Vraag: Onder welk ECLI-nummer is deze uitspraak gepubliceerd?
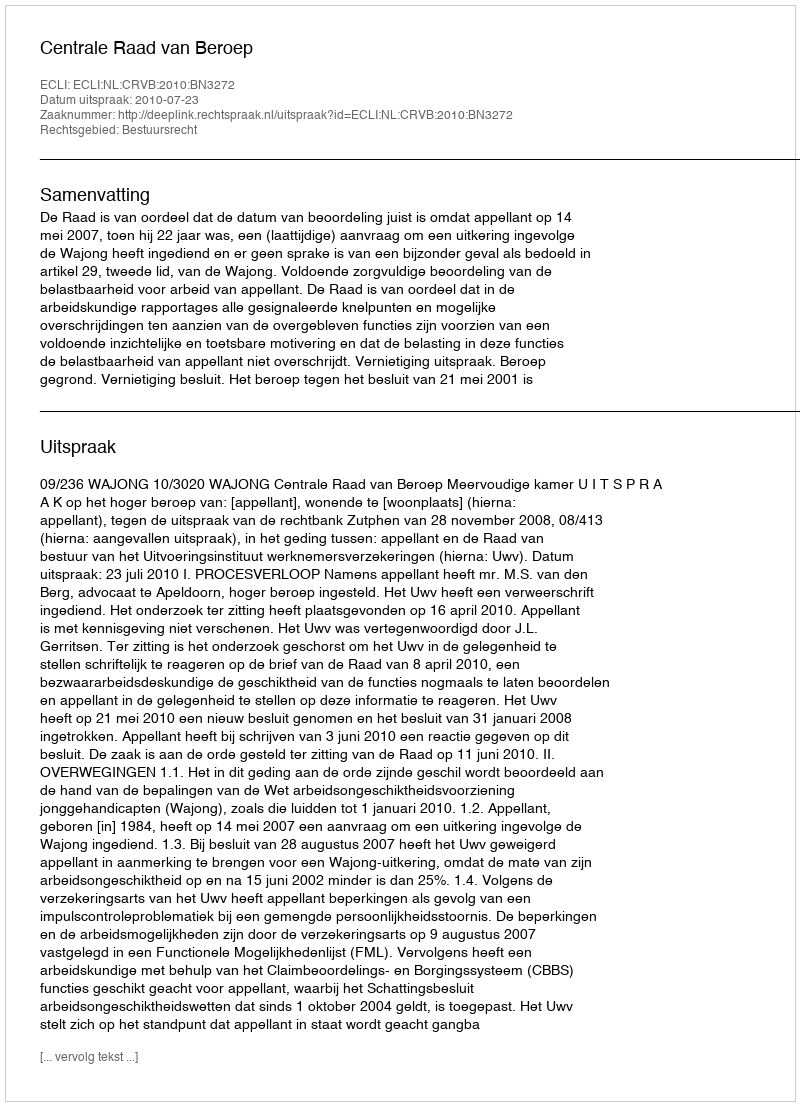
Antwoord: ECLI:NL:CRVB:2010:BN3272